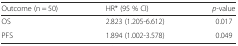
<table><thead><tr><td><b>Outcome (n = 50)</b></td><td><b>HR* (95 % CI)</b></td><td><b><i>p-</i>value</b></td></tr></thead><tbody><tr><td>OS</td><td>2.823 (1.205-6.612)</td><td>0.017</td></tr><tr><td>PFS</td><td>1.894 (1.002-3.578)</td><td>0.049</td></tr></tbody></table>